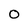
Character: O